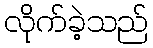
လိုက်ခဲ့သည်